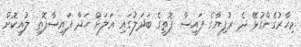
މިހާރުގެންގުޅޭ ދެ ރުފިޔާގެ ފައިސާ ފޮތީގެ ބަދަލުގައި އަލަށް ހަދާ ފައިސާފޮތި ލުއިކޮށް